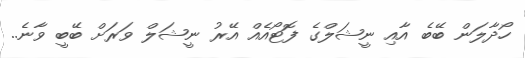
ހޯދާލަން ބޭބެ އާއި ނީޝަލްގެ ފޮޓޯއެއް އޭރު ނީޝަލް ވަރަށް ބޭބީ ވާނެ..